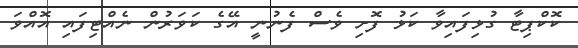
ކޮކްޕިޓާ ގުޅިފައިވާ ކަޅު ފޮށި ވެސް ފެނުނީ އޭގެ ކަވަރުން ނެއްޓިފައި އޮއްވަ